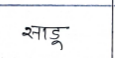
मजकूर: साडू